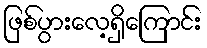
ဖြစ်ပွားလေ့ရှိကြောင်း